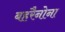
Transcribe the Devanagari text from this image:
बहरैनोना